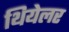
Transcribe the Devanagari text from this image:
थियेलर